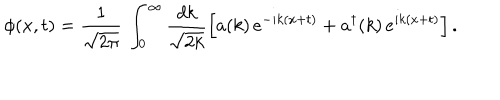
\phi ( x , t ) = \frac { 1 } { \sqrt { 2 \pi } } \, \int _ { 0 } ^ { \infty } \frac { d k } { \sqrt { 2 k } } \Bigl [ a ( k ) \, e ^ { - i k ( x + t ) } + a ^ { \dagger } ( k ) \, e ^ { i k ( x + t ) } \Bigr ] \, .